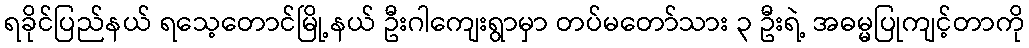
ရခိုင်ပြည်နယ် ရသေ့တောင်မြို့နယ် ဦးဂါကျေးရွာမှာ တပ်မတော်သား ၃ ဦးရဲ့ အဓမ္မပြုကျင့်တာကို